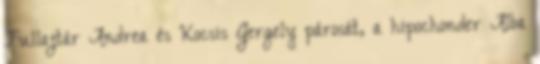
Fullajtár Andrea és Kocsis Gergely párosát, a hipochonder Alba